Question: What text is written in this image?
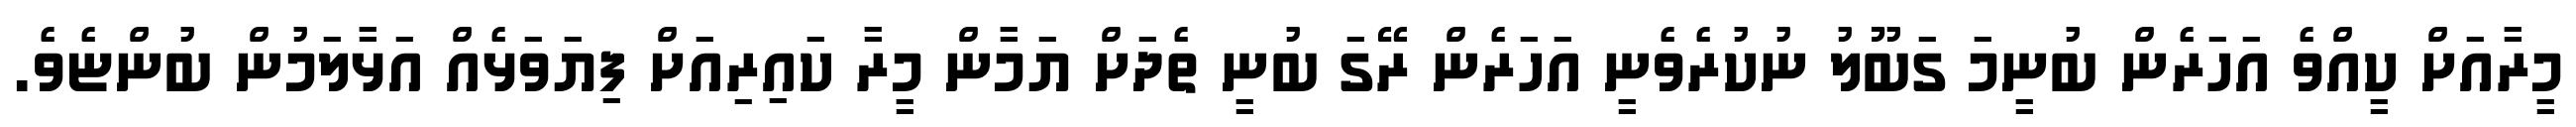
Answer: މީރާއަށް ކީއްވެ އަހަރެން ބުނީމަ ގަބޫލު ނުކުރެވެނީ އަހަރެން ރޭގަ ބުނީ ތެދަށް ޔަމާން މީރާ ކައިރިއަށް ފިޔަވަޅެއް އަޅާލަމުން ބުންޏެވެ.